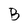
Character: B